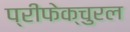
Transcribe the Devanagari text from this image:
प्रीफेक्चुरल